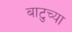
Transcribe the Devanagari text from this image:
बाटुच्या